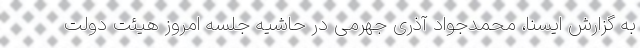
به گزارش ایسنا، محمدجواد آذری جهرمی در حاشیه جلسه امروز هیئت دولت